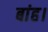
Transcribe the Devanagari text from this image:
बांह।